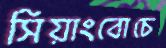
সিয়াংবোচে